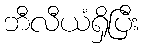
ဘီလီယံရှိပြီး